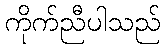
ကိုက်ညီပါသည်